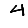
Digit: 4